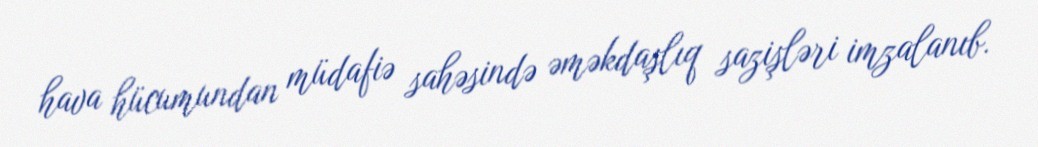
hava hücumundan müdafiə sahəsində əməkdaşlıq sazişləri imzalanıb.